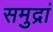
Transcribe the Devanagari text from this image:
समुद्रां